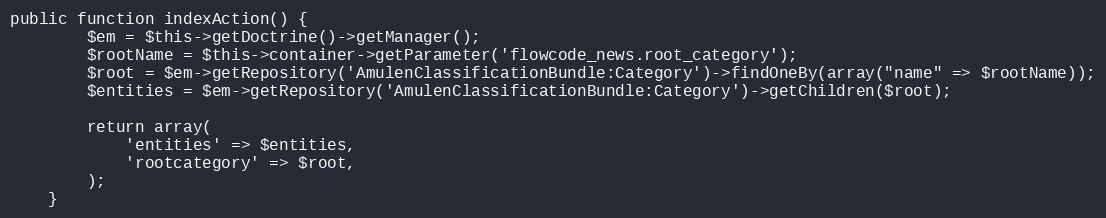
Language: PHP
public function indexAction() {
        $em = $this->getDoctrine()->getManager();
        $rootName = $this->container->getParameter('flowcode_news.root_category');
        $root = $em->getRepository('AmulenClassificationBundle:Category')->findOneBy(array("name" => $rootName));
        $entities = $em->getRepository('AmulenClassificationBundle:Category')->getChildren($root);

        return array(
            'entities' => $entities,
            'rootcategory' => $root,
        );
    }